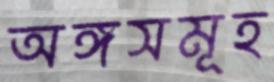
অঙ্গসমূহ